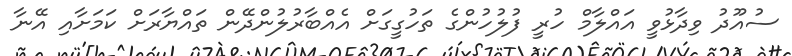
ސުއޫދު ވިދާޅުވީ އައްލާމް ހުރީ ފުލުހުންގެ ތަހުގީގަށް އެއްބާރުލުންދޭން ތައްޔާރަށް ކަމަށާއި އޭނާ